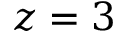
z = 3